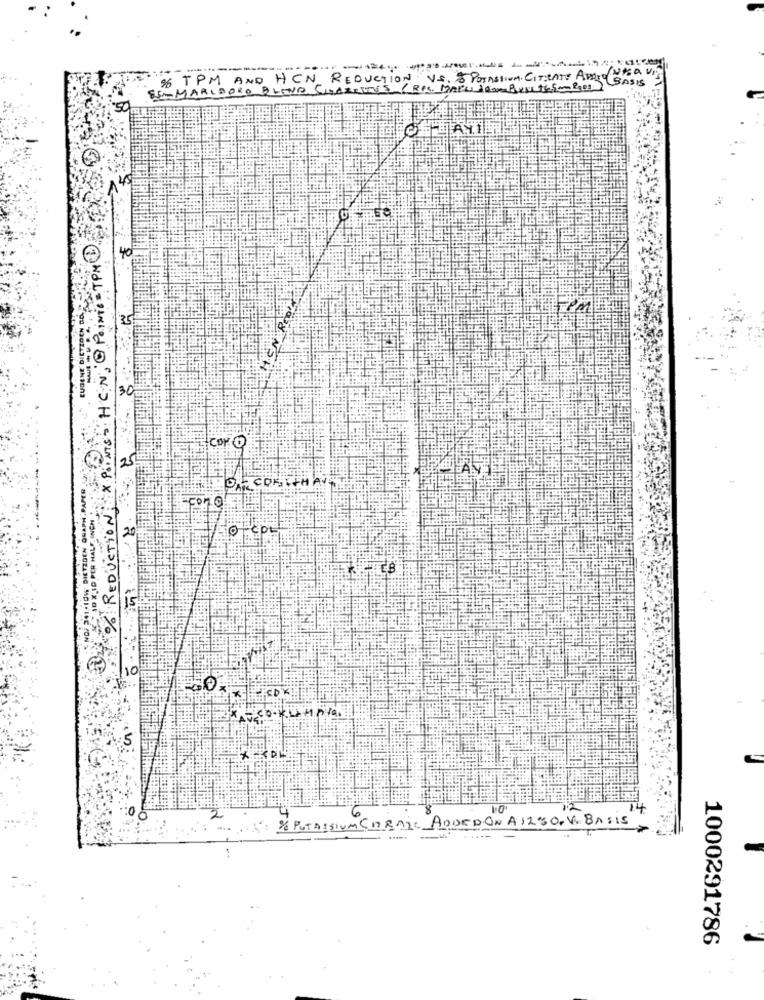
---
--
% TPM AND HCN REDUCTION VS. 8 POTASSIUM CITRATE APASO
BASIS
SEMMARLBORO PLENO CARRIES (RES. MAPU AdamBurLth,5m-Pass
JAYI
145
40
POINTS = HCN, O PoiNie = TPM
EUDENE DIETZDEN DO
35
-----
30
COMO
25
ORR COSTCHAY
% REDUCTION:
20
10
4 % POTASSIUM CARARE ADDEDON A 1280. V. BASIS
----- -
1000291786